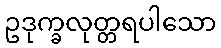
ဥဒုက္ခလုတ္တရပါသော